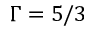
\Gamma = 5 / 3